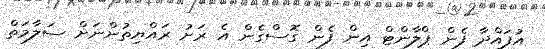
އުފައްދާ ފެން ޕްލާންޓް އިން ފެން ގޮސްގެން އެ ރަށު ރައްޔިތުންނަށް ސަލާމަތް